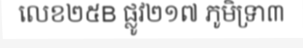
លេខ២៥B ផ្លូវ២១៧ ភូមិទ្រា៣